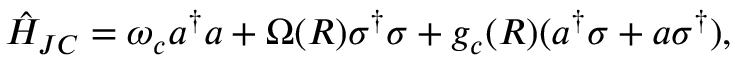
\begin{array} { r } { \hat { H } _ { J C } = \omega _ { c } a ^ { \dagger } a + \Omega ( \boldsymbol { R } ) \sigma ^ { \dagger } \sigma + g _ { c } ( \boldsymbol { R } ) ( a ^ { \dagger } \sigma + a \sigma ^ { \dagger } ) , } \end{array}